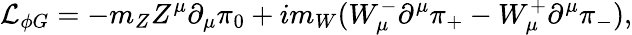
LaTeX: {\cal L}_{\phi G}=-m_{Z}Z^{\mu}\partial_{\mu}\pi_{0}+im_{W}(W_{\mu}^{-}\partial^{\mu}\pi_{+}-W_{\mu}^{+}\partial^{\mu}\pi_{-}),